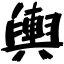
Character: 輿